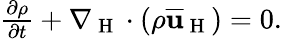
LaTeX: \begin{array}{r}{\frac{\partial\rho}{\partial t}+\nabla_{\mathrm{~H~}}\cdot(\rho\overline{{\mathbf{u}}}_{\mathrm{~H~}})=0.}\end{array}